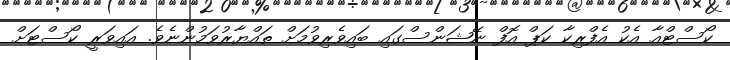
ކޯސްޓްއާ އެކު އެފްރިކާ ކަޕް އޮފް ނޭޝަންސްގައި ބައިވެރިވުމަށް ތައްޔާރުވަމުންނެވެ. އައިވަރީ ކޯސްޓަށް